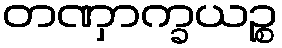
တဏှာက္ခယဉ္စ